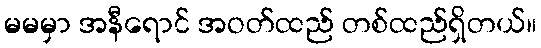
မမမှာ အနီရောင် အဝတ်ထည် တစ်ထည်ရှိတယ်။